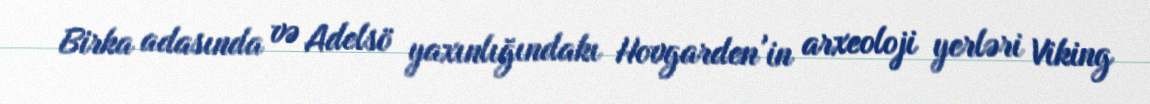
Birka adasında və Adelsö yaxınlığındakı Hovgarden'in arxeoloji yerləri Viking